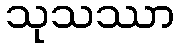
သုသဿာ